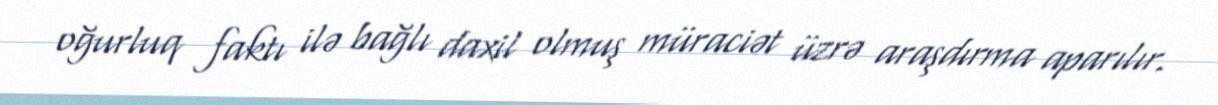
oğurluq faktı ilə bağlı daxil olmuş müraciət üzrə araşdırma aparılır.